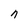
Character: n